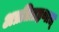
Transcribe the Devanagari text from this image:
अप्रतिग्रहणात्